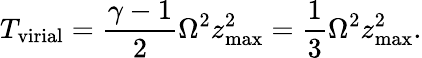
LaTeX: T_{\mathrm{virial}}=\frac{\gamma-1}{2}\Omega^{2}z_{\mathrm{max}}^{2}=\frac{1}{3}\Omega^{2}z_{\mathrm{max}}^{2}.